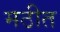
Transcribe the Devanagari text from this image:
मठीत